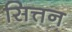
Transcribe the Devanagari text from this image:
सित्तन